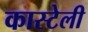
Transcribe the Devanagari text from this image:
कास्टेली